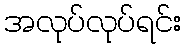
အလုပ်လုပ်ရင်း